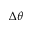
\boldsymbol { \Delta \theta }